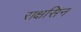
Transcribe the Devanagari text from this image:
राक्षसिन